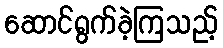
ဆောင်ရွက်ခဲ့ကြသည့်